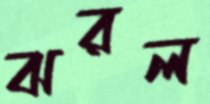
ঝরল